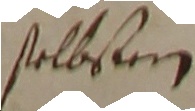
selbsten